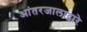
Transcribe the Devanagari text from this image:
आंतरजालाद्वारे